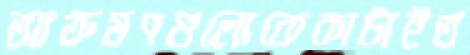
আক্রমণগুলোকেকাটাইত